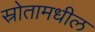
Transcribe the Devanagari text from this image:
स्रोतामधील